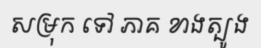
សម្រុក ទៅ ភាគ ខាងត្បូង